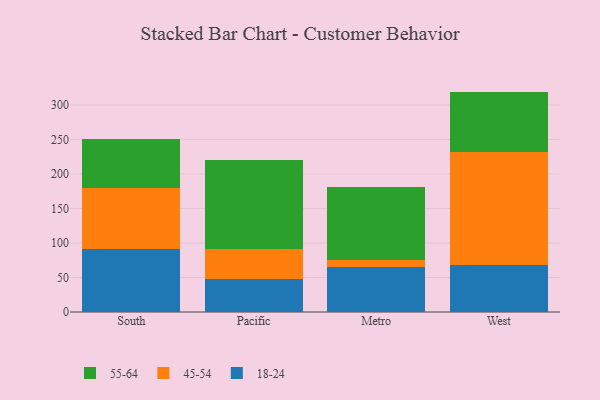
{"axis": {"x": "Region", "y": "Energy Usage (MWh)"}, "legend": ["18-24", "45-54", "55-64"], "data": [{"x": "South", "y": 91.8, "type": "18-24"}, {"x": "South", "y": 88.1, "type": "45-54"}, {"x": "South", "y": 70.2, "type": "55-64"}, {"x": "Pacific", "y": 48.5, "type": "18-24"}, {"x": "Pacific", "y": 43.3, "type": "45-54"}, {"x": "Pacific", "y": 128.7, "type": "55-64"}, {"x": "Metro", "y": 65.8, "type": "18-24"}, {"x": "Metro", "y": 10.0, "type": "45-54"}, {"x": "Metro", "y": 105.6, "type": "55-64"}, {"x": "West", "y": 68.7, "type": "18-24"}, {"x": "West", "y": 163.9, "type": "45-54"}, {"x": "West", "y": 86.8, "type": "55-64"}]}